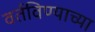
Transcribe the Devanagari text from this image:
वर्तविण्याच्या